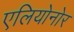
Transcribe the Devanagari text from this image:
एलियोनोर